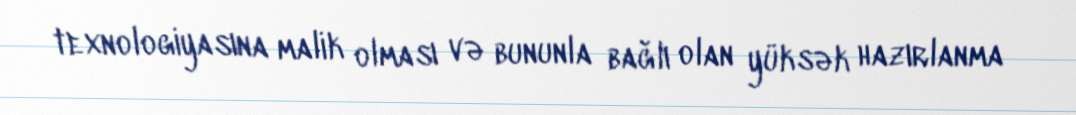
texnologiyasına malik olması və bununla bağlı olan yüksək hazırlanma